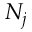
N _ { j }